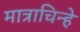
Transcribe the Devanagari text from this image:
मात्राचिन्हे